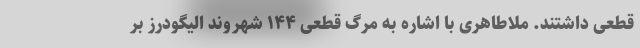
قطعی داشتند. ملاطاهری با اشاره به مرگ قطعی ۱۴۴ شهروند الیگودرز بر